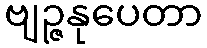
ဗျဉ္ဇနုပေတာ